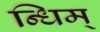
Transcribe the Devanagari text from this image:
न्धिम्